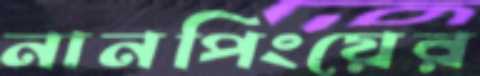
নানপিংয়ের